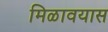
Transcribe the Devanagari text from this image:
मिळावयास